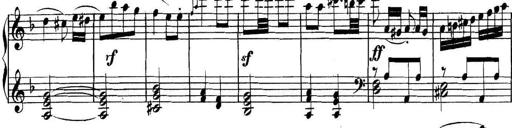
Title: Collected Piano Sonatas
Composer: Muzio Clementi